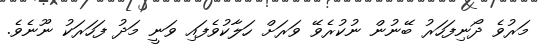
މަރުވެ ދޯނިފަހަރު ބޭނުން ނުކުރެވޭ ވަރަށް ހަލާކުވެފައި ވަނީ މަދު ފަހަރަކު ނޫނެވެ.